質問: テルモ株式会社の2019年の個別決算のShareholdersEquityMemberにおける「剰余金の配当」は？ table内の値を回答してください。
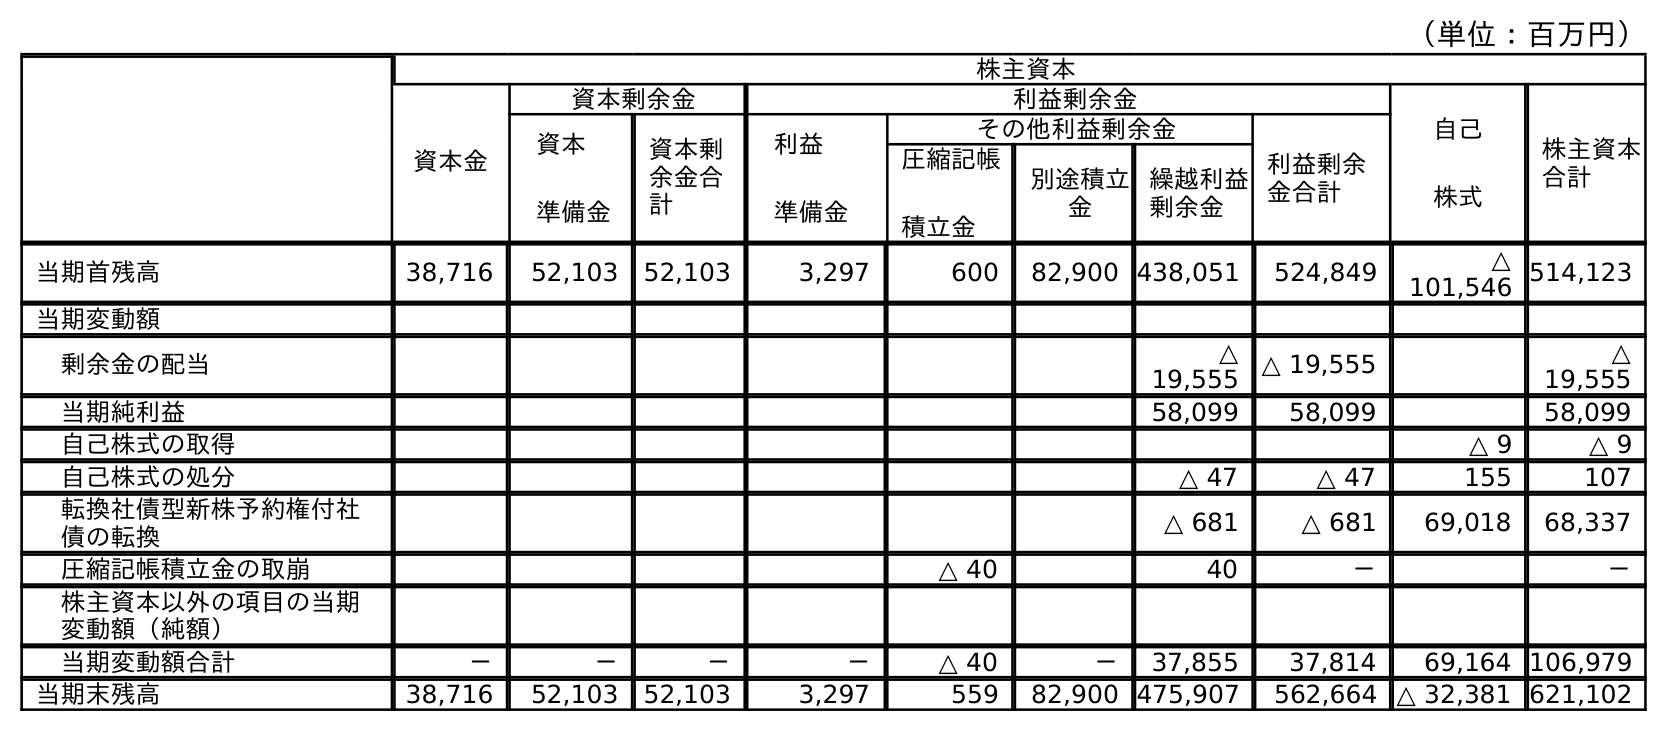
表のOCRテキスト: （単位：百万円） 株主資本 資本金 資本剰余金 利益剰余金 自己 株式 株主資本 合計 資本 準備金 資本剰 余金合 計 利益 準備金 その他利益剰余金 利益剰余 金合計 圧縮記帳 積立金 別途積立 金 繰越利益 剰余金 当期首残高 38,716 52,103 52,103 3,297 600 82,900 438,051 524,849 △ 101,546 514,123 当期変動額 剰余金の配当 △ 19,555 △ 19,555 △ 19,555 当期純利益 58,099 58,099 58,099 自己株式の取得 △ 9 △ 9 自己株式の処分 △ 47 △ 47 155 107 転換社債型新株予約権付社 債の転換 △ 681 △ 681 69,018 68,337 圧縮記帳積立金の取崩 △ 40 40 － － 株主資本以外の項目の当期 変動額（純額） 当期変動額合計 － － － － △ 40 － 37,855 37,814 69,164 106,979 当期末残高 38,716 52,103 52,103 3,297 559 82,900 475,907 562,664 △ 32,381 621,102
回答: △19,555